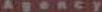
Agency